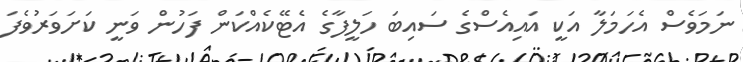
ނަމަވެސް އެހަމަލާ އަކީ އައިއެސްގެ ސައިބަ ހަލީފާގެ އެޓޭކެއްކަން ފަހުން ވަނީ ކަށަވަރުވެފަ